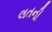
લતની